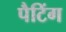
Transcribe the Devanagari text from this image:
पैटिंग